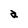
Character: a